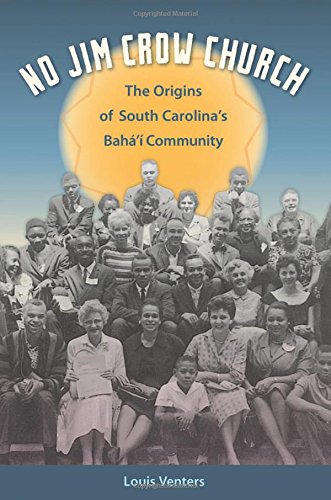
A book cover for No Jim Crow Church: The Origins of South Carolina's BahÃ¡EEÃ­ Community (Other Southerners); Louis Venters; Religion & Spirituality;